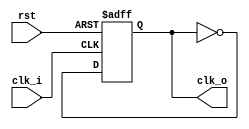
/* ----------------------------------------- *
 * Title       : Clock Dividers              *
 * Project     : Verilog Utility Modules     *
 * ----------------------------------------- *
 * Last Edit   : 23/11/2020                  *
 * Licence     : CERN-OHL-W                  *
 * ----------------------------------------- *
 * Description : Collection clock dividers   *
 * ----------------------------------------- */

/* ------------------------------- *
 +  Naming convention for modules: +
 +                                 +
 + (d)cclk_divN(_M):               +
 +    d: dynamic                   +
 +    N: Max divison rate 2^N      +
 +   _M: step size (if M > 1)      +
 +                                 +
 +  cclk_FHz:                      +
 +    F: generated frequency       +
 +                                 +
 * ------------------------------- */

//Static (Fixed) dividers, can be daisy chained for variable output rates
module cclk_div1(clk_i, rst, clk_o); //fi = 2fo
  input clk_i, rst;
  output reg clk_o;

  always@(posedge clk_i or posedge rst)
    begin
      if(rst)
        begin
          clk_o <= 0;
        end
      else
        begin
          clk_o <= ~clk_o;
        end
    end
endmodule

module cclk_div2(clk_i, rst, clk_o); //fi = 4fo
  input clk_i, rst;
  output clk_o;
  wire clk_mid;

  cclk_div1 clkdivider0(clk_i, rst, clk_mid);
  cclk_div1 clkdivider1(clk_mid, rst, clk_o);
endmodule

module cclk_div4(clk_i, rst, clk_o); //fi = 16fo
  input clk_i, rst;
  output clk_o;
  wire clk_mid;

  cclk_div2 clkdivider0(clk_i, rst, clk_mid);
  cclk_div2 clkdivider1(clk_mid, rst, clk_o);
endmodule

module cclk_div6(clk_i, rst, clk_o); //fi = 64fo
  input clk_i, rst;
  output clk_o;
  wire clk_mid;

  cclk_div1 clkdivider0(clk_i, rst, clk_mid);
  cclk_div2 clkdivider1(clk_mid, rst, clk_o);
endmodule

//Dynamic dividers, rate can be controlled 
//Higher rate_cntrl lower freq
module dcclk_div2(clk_i, rst, rate_cntrl, clk_o);
  input clk_i, rst;
  input rate_cntrl;
  output clk_o;
  wire [1:0] clk_array;

  assign clk_o = (rate_cntrl) ? clk_array[1] : clk_array[0];
  
  cclk_div1 clkdivider0(clk_i, rst, clk_array[0]);
  cclk_div1 clkdivider1(clk_array[0], rst, clk_array[1]);
endmodule//dclk_div

module dcclk_div2_2(clk_i, rst, rate_cntrl, clk_o);
  input clk_i, rst;
  input rate_cntrl;
  output clk_o;
  wire [1:0] clk_array;

  assign clk_o = (rate_cntrl) ? clk_array[1] : clk_array[0];
  
  cclk_div2 clkdivider0(clk_i, rst, clk_array[0]);
  cclk_div2 clkdivider1(clk_array[0], rst, clk_array[1]);
endmodule//dclk_div2_2

module dcclk_div4(clk_i, rst, rate_cntrl, clk_o);
  input clk_i, rst;
  input [1:0] rate_cntrl;
  output clk_o;
  wire [3:0] clk_array;

  assign clk_o = clk_array[rate_cntrl];

  cclk_div1 clkdivider0(clk_i, rst, clk_array[0]);
  cclk_div1 clkdivider1(clk_array[0], rst, clk_array[1]);
  cclk_div1 clkdivider2(clk_array[1], rst, clk_array[2]);
  cclk_div1 clkdivider3(clk_array[2], rst, clk_array[3]);
endmodule//dclk_div4

module dcclk_div8(clk_i, rst, rate_cntrl, clk_o);
  input clk_i, rst;
  input [2:0] rate_cntrl;
  output clk_o;
  wire [7:0] clk_array;

  assign clk_o = clk_array[rate_cntrl];

  cclk_div1 clkdivider0(clk_i, rst, clk_array[0]);
  cclk_div1 clkdivider1(clk_array[0], rst, clk_array[1]);
  cclk_div1 clkdivider2(clk_array[1], rst, clk_array[2]);
  cclk_div1 clkdivider3(clk_array[2], rst, clk_array[3]);
  cclk_div1 clkdivider4(clk_array[3], rst, clk_array[4]);
  cclk_div1 clkdivider5(clk_array[4], rst, clk_array[5]);
  cclk_div1 clkdivider6(clk_array[5], rst, clk_array[6]);
  cclk_div1 clkdivider7(clk_array[6], rst, clk_array[7]);
endmodule//dclk_div8

module dcclk_div8_2(clk_i, rst, rate_cntrl, clk_o);
  input clk_i, rst;
  input [2:0] rate_cntrl;
  output clk_o;
  wire [7:0] clk_array;

  assign clk_o = clk_array[rate_cntrl];

  cclk_div2 clkdivider0(clk_i, rst, clk_array[0]);
  cclk_div2 clkdivider1(clk_array[0], rst, clk_array[1]);
  cclk_div2 clkdivider2(clk_array[1], rst, clk_array[2]);
  cclk_div2 clkdivider3(clk_array[2], rst, clk_array[3]);
  cclk_div2 clkdivider4(clk_array[3], rst, clk_array[4]);
  cclk_div2 clkdivider5(clk_array[4], rst, clk_array[5]);
  cclk_div2 clkdivider6(clk_array[5], rst, clk_array[6]);
  cclk_div2 clkdivider7(clk_array[6], rst, clk_array[7]);
endmodule//dclk_div8_2

module cclk_1Hz#(parameter clk_freq = 10000000, parameter counter_w = 26)(
  input clk,
  input rst,
  input en,
  output reg clk_1hz);

  localparam count = (clk_freq / 2) - 1;

  reg [counter_w-1:0] counter;

  always@(posedge clk or posedge rst)
    begin
      if(rst)
        begin
          counter <= {counter_w{1'b0}};
        end
      else
        begin
          counter <= (counter == count) ? {counter_w{1'b0}} : (counter + {{(counter_w-1){1'b0}}, 1'b1});
        end
    end
  
  always@(posedge clk or posedge rst)
    begin
      if(rst)
        begin
          clk_1hz <= 0;
        end
      else
        begin
          clk_1hz <= (counter == count) ? ~clk_1hz : clk_1hz;
        end
    end
endmodule//clock_gen1Hz